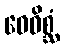
ဝေဝိစ္ဆံ